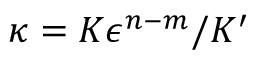
\kappa = K \epsilon ^ { n - m } / K ^ { \prime }